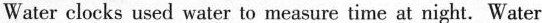
Water clocks used water to measure time at night. Water